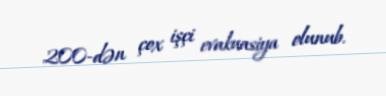
200-dən çox işçi evakuasiya olunub.